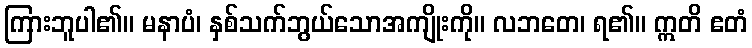
ကြားဘူပါ၏။ မနာပံ၊ နှစ်သက်ဘွယ်သောအကျိုးကို။ လဘတေ၊ ရ၏။ ဣတိ ဧတံ